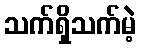
သက်ရှိသက်မဲ့